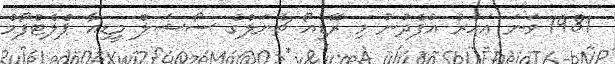
1981 ވަނަ އަހަރު އުފެދުނު މި ރޭޑިއޯ ޗެނަލްގެ ސޯޝަލް މީޑިއާ ޕްލެޓްފޯމް